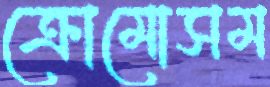
ক্রোমোসম